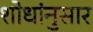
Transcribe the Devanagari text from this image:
शोधांनुसार